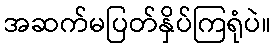
အဆက်မပြတ်နှိပ်ကြရုံပဲ။